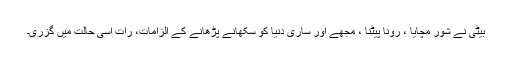
بیٹی نے شور مچایا ، رونا پیٹنا ، مجھے اور ساری دنیا کو سکھانے پڑھانے کے الزامات، رات اسی حالت میں گزری۔